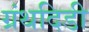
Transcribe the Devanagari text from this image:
ग्रंथदिडी